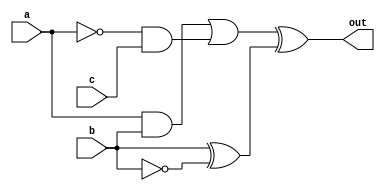
module complex_logic_gate(
    input wire a,
    input wire b,
    input wire c,
    output wire out
);

wire not_a;
wire not_b;

assign not_a = ~a;
assign not_b = ~b;

assign out = ((a & b) | (not_a & c)) ^ (b ^ not_b);

endmodule